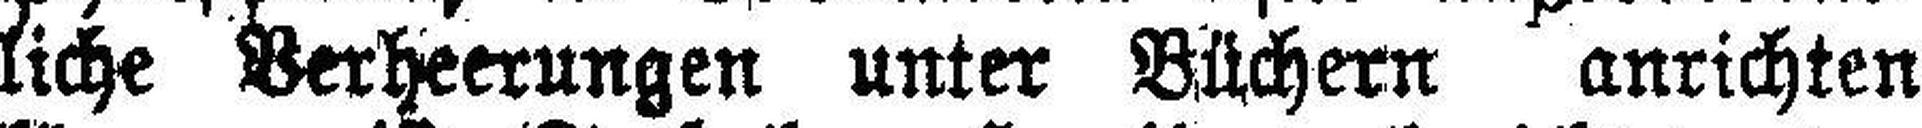
liche Verheerungen unter Büchern anrichten